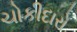
ચોકીદારો